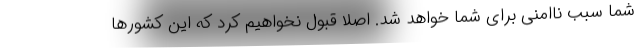
شما سبب ناامنی برای شما خواهد شد. اصلا قبول نخواهیم کرد که این کشورها